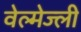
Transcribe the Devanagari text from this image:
वेल्मेज्ली